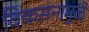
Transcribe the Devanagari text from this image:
विकसनामुळे